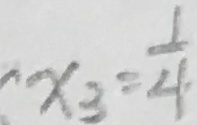
x _ { 3 } = \frac { 1 } { 4 }